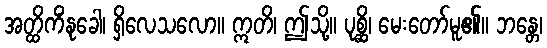
အတ္ထိကိံနုခေါ၊ ရှိလေသလော။ ဣတိ၊ ဤသို့။ ပုစ္ဆိ၊ မေးတော်မူ၏။ ဘန္တေ၊